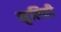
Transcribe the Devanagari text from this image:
सृष्टिही